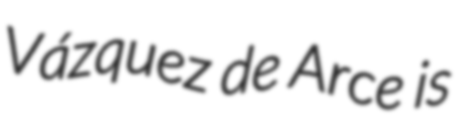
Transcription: Vázquez de Arce is